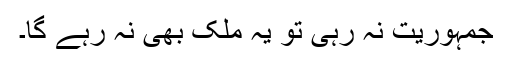
جمہوریت نہ رہی تو یہ ملک بھی نہ رہے گا۔